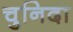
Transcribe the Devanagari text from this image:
चुनिदा